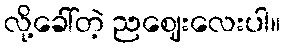
လို့ခေါ်တဲ့ ညဈေးလေးပါ။